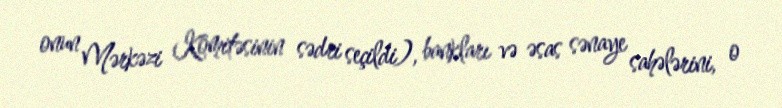
onun Mərkəzi Komitəsinin sədri seçildi), bankları və əsas sənaye sahələrini, o